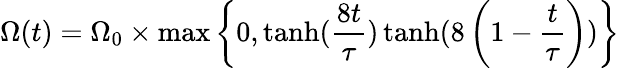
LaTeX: \Omega(t)=\Omega_{0}\times\operatorname*{max}\left\{ 0,\operatorname{tanh}(\frac{8t}{\tau})\operatorname{tanh}(8\left(1-\frac{t}{\tau}\right))\right\}